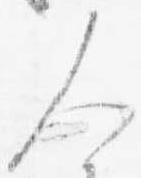
人